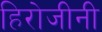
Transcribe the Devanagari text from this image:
हिरोजीनी